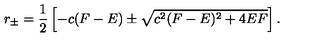
r _ { \pm } = \frac { 1 } { 2 } \left[ - c ( F - E ) \pm \sqrt { c ^ { 2 } ( F - E ) ^ { 2 } + 4 E F } \right] .